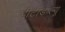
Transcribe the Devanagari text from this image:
डीटीडब्ल्यू